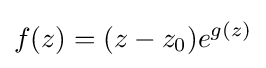
f(z)=(z-z_{0})e^{g(z)}